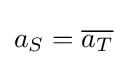
a_{S}={\overline {a_{T}}}